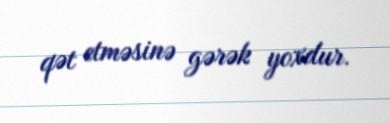
qət etməsinə gərək yoxdur.